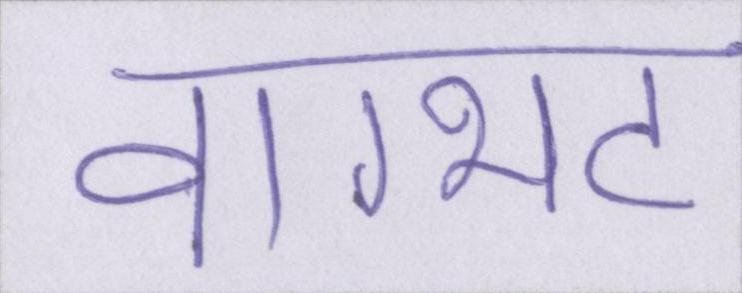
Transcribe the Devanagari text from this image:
वाग्भट